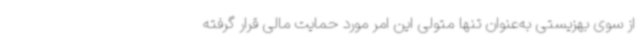
از سوی بهزیستی به‌عنوان تنها متولی این امر مورد حمایت مالی قرار گرفته